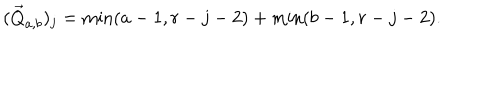
LaTeX: ( \vec { Q } _ { a , b } ) _ { j } = \min ( a - 1 , r - j - 2 ) + \min ( b - 1 , r - j - 2 ) .